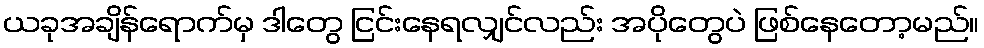
ယခုအချိန်ရောက်မှ ဒါတွေ ငြင်းနေရလျှင်လည်း အပိုတွေပဲ ဖြစ်နေတော့မည်။